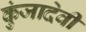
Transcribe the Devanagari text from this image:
कुंजादेवी